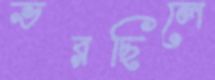
ভরছিলে